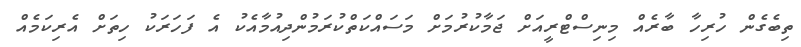
ތިބެގެން ހުރިހާ ބާރެއް މިނިސްޓްރީއަށް ޖަމާކުރުމަށް މަސައްކަތްކުރަމުންދިއުމާއެކު އެ ފަހަރަކު ހިތަށް އެރިކަމެއް